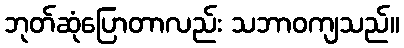
ဘုတ်ဆုံပြောတာလည်း သဘာဝကျသည်။